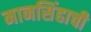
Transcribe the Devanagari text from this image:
मानसिंहाची